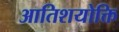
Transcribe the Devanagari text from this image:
आतिशयोक्ति